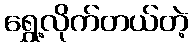
ရွှေ့လိုက်တယ်တဲ့